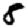
Digit: 8